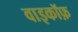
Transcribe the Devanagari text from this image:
वाइकॉफ़